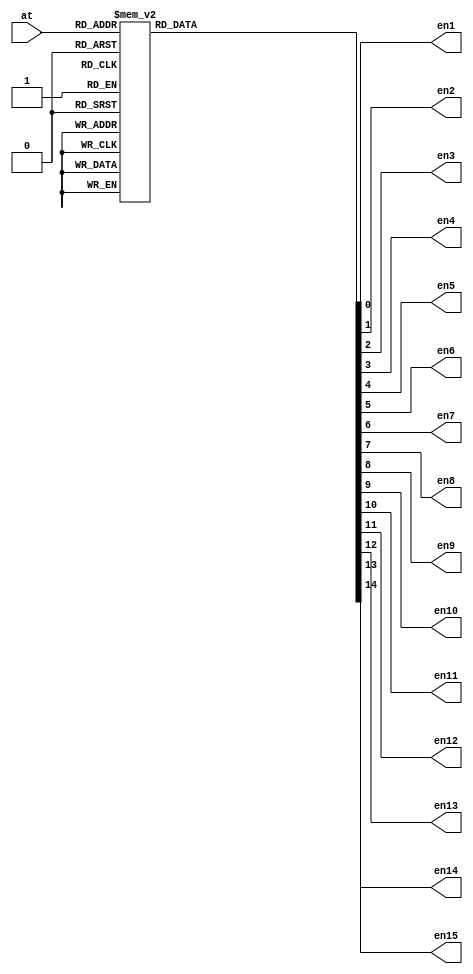
module Decoder (
	input [3:0] at,
	output en1,en2,en3,en4,en5,en6,en7,en8,en9,en10,en11,en12,en13,en14,en15);

	reg [15:0] out;

  always @(*) begin
	  case(at)
	    4'd1: begin out=16'b0000000000000001; end
	    4'd2: begin out=16'b0000000000000010; end
	    4'd3: begin out=16'b0000000000000100; end
	    4'd4: begin out=16'b0000000000001000; end
	    4'd5: begin out=16'b0000000000010000; end
	    4'd6: begin out=16'b0000000000100000; end
	    4'd7: begin out=16'b0000000001000000; end
	    4'd8: begin out=16'b0000000010000000; end
	    4'd9: begin out=16'b0000000100000000; end
	    4'd10: begin out=16'b0000001000000000; end
	    4'd11: begin out=16'b0000010000000000; end
	    4'd12: begin out=16'b0000100000000000; end
	    4'd13: begin out=16'b0001000000000000; end
	    4'd14: begin out=16'b0010000000000000; end
	    4'd15: begin out=16'b0100000000000000; end
	    default : begin out=16'b0000000000000000; end
	  endcase
  end

  assign en1 = out[0];
  assign en2 = out[1];
  assign en3 = out[2];
  assign en4 = out[3];
  assign en5 = out[4];
  assign en6 = out[5];
  assign en7 = out[6];
  assign en8 = out[7];
  assign en9 = out[8];
  assign en10 = out[9];
  assign en11 = out[10];
  assign en12 = out[11];
  assign en13 = out[12];
  assign en14 = out[13];
  assign en15 = out[14];
endmodule